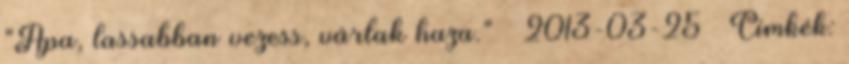
"Apa, lassabban vezess, várlak haza." – 2013-03-25 – Címkék: